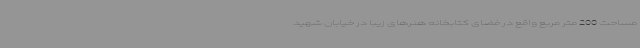
مساحت 200 متر مربع واقع در فضای کتابخانه هنرهای زیبا در خیابان شهید